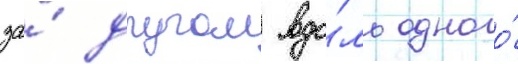
за́ другом вдо́ль одного́